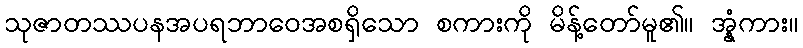
သုဇာတဿပနအပရဘာဝေအစရှိသော စကားကို မိန့်တော်မူ၏။ အ္နံကား။